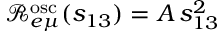
\mathcal { R } _ { e \mu } ^ { \mathrm { o s c } } ( s _ { 1 3 } ) = A \, s _ { 1 3 } ^ { 2 }